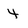
Character: 4